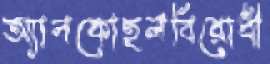
অ্যালকোহলবিরোধী